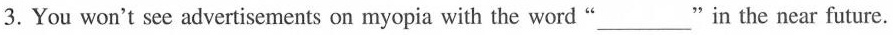
3.You won't see advertisements on myopia with the word"___"in the near future.